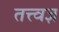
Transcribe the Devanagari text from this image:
तत्त्‍वज्ञ